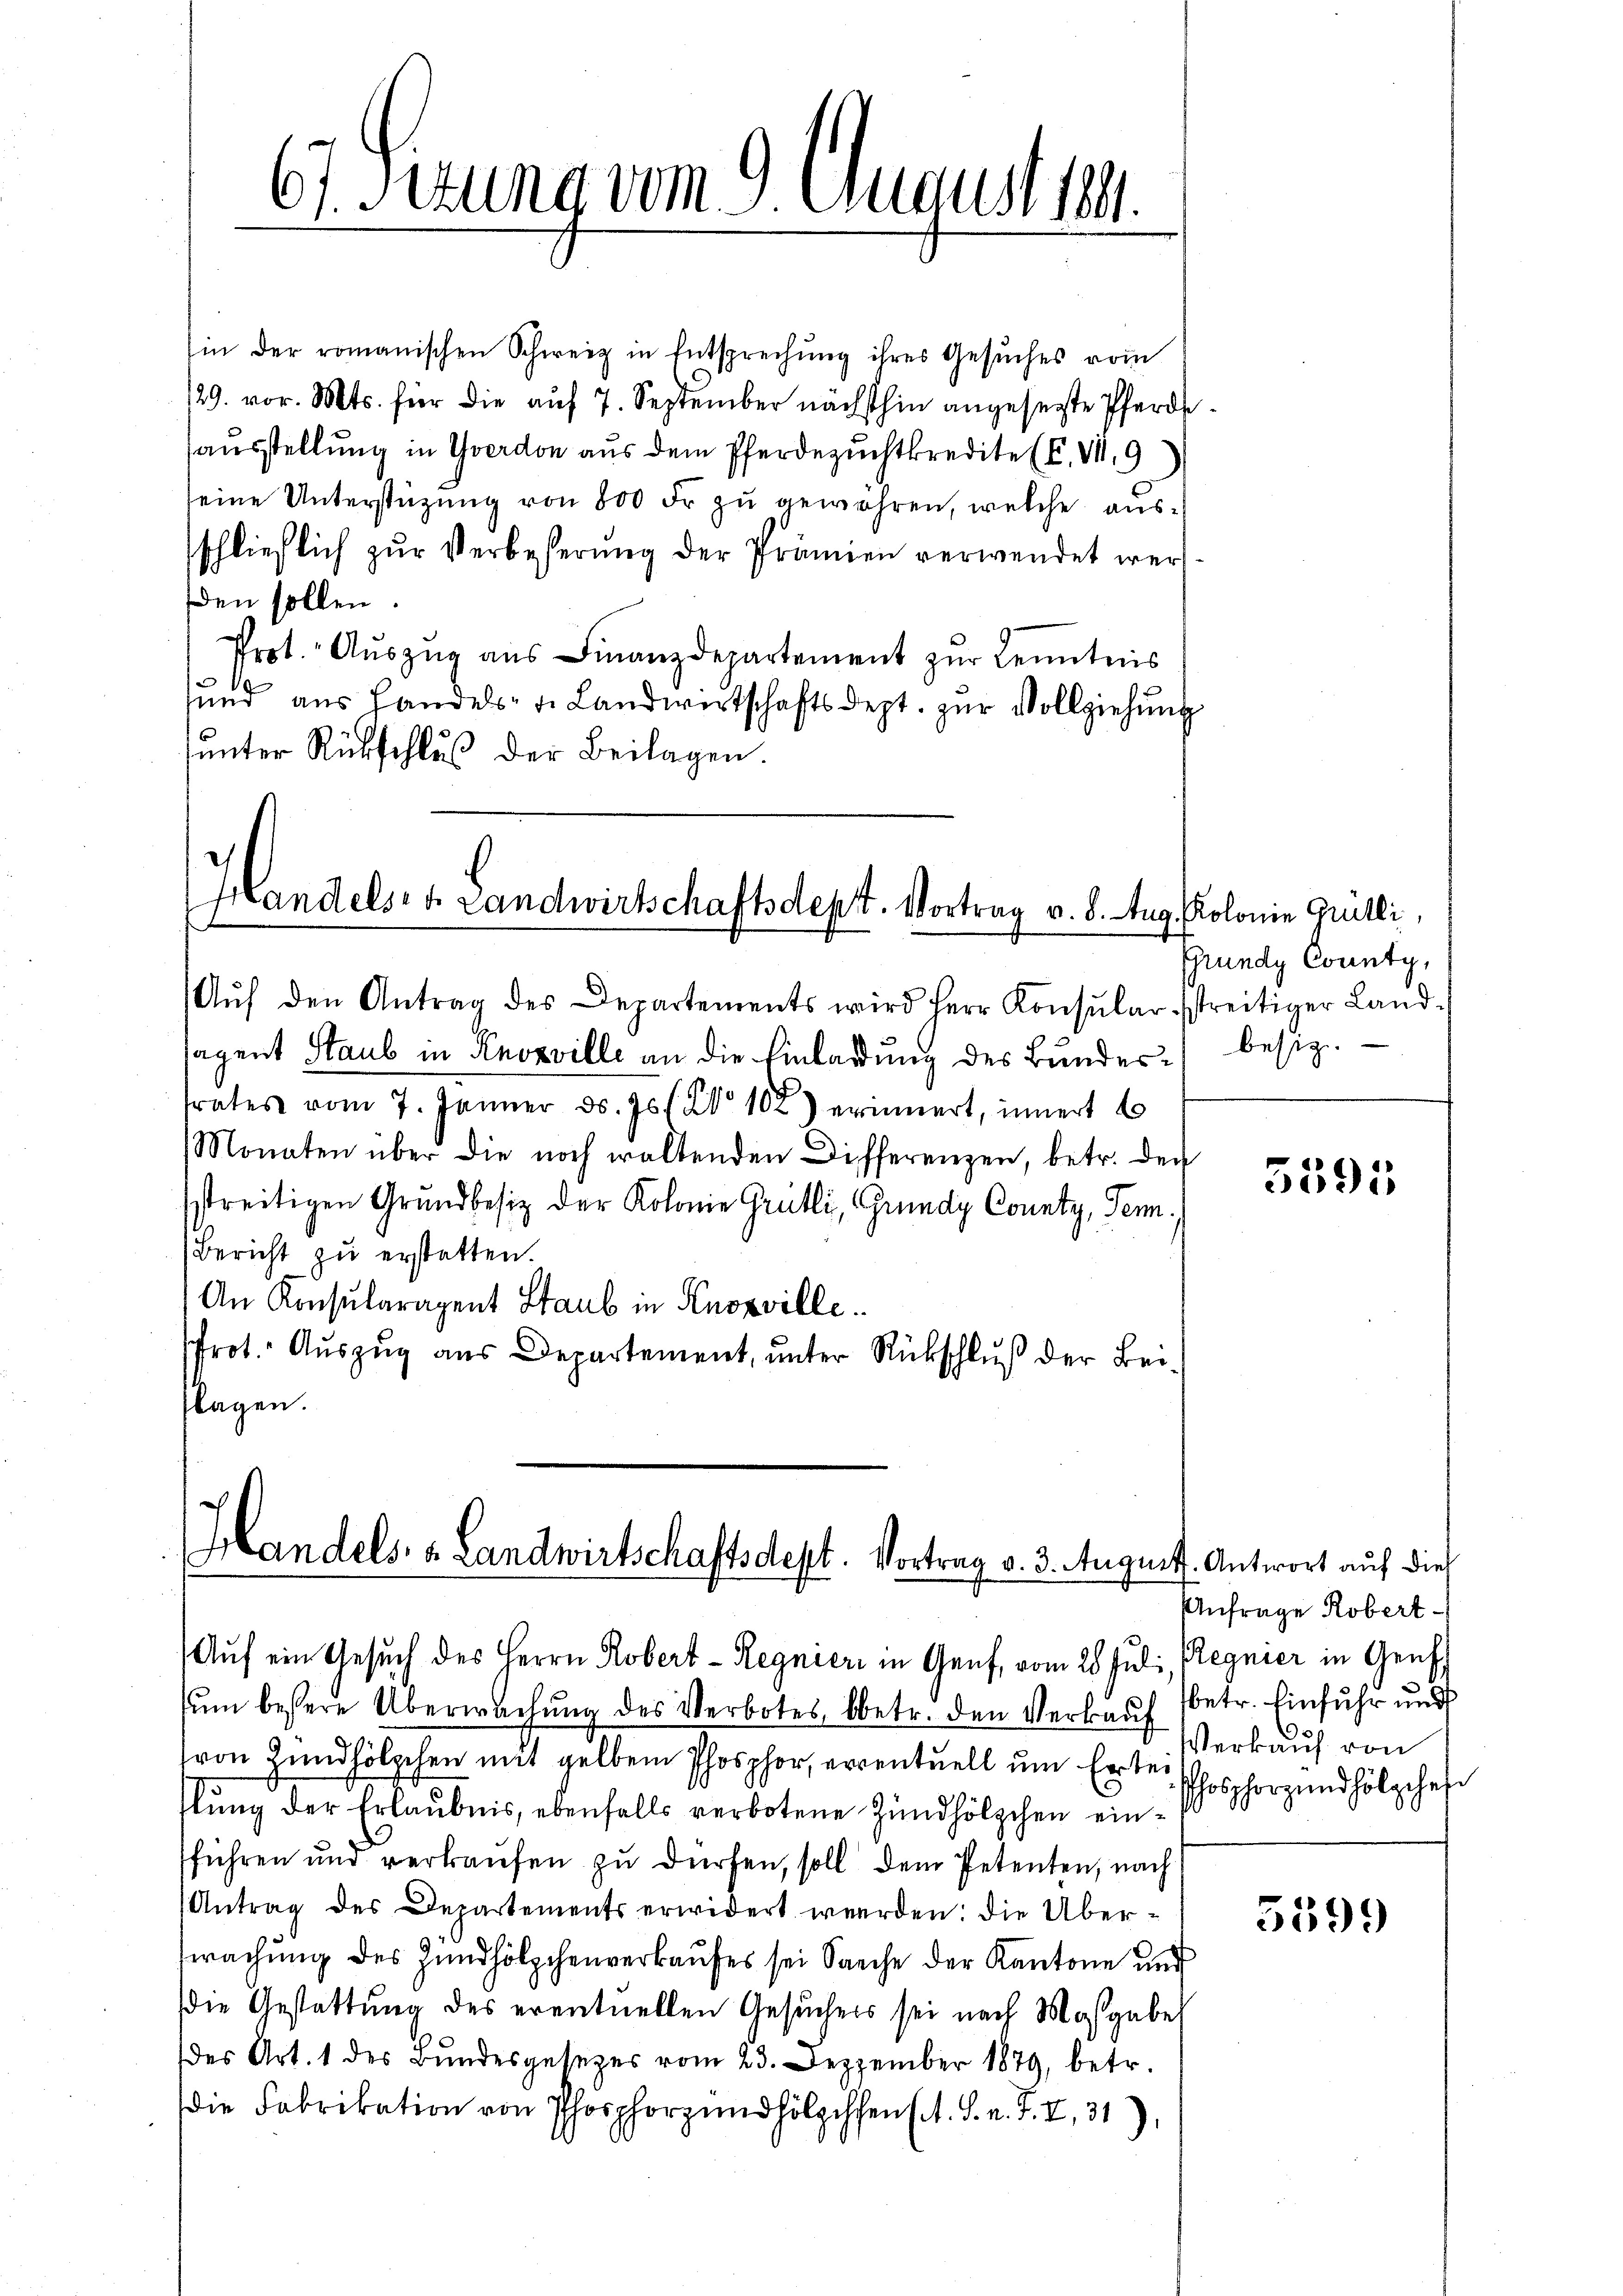
61. Serung vom 9. August 1891.

Handels- & Landwirtschaftsdept. Vortrag v. 8. Aug. Kolonie Grütli,

sin der romanischen Schweiz in Entsprechŭng ihres Gesŭches vom
/29. vor. Mts. für die auf 7. September nächsthin angesetzte Pferdssausstellung in Yverdon aus dem Pferdezuchtkredite (C. VII. 9
seine Unterstüzung von 800 Fr zu gewähren, welche ausschließlich zŭr Verbesserŭng der Prämien verwendet werden sollen.
Prot. Aŭszŭg ans Finanzdepartement zŭr Kenntnis
sund aus Handels- u. Landwirtschaftsdept. zŭr Vollziehung
unter Rückschluß der Beilagen.

Aŭf den Antrag des Departements wird Herr Konsŭlar streitiger Land-
sagent Staub in Knoxville an die Einladung des Bundes besize.
trates vom 7. Jänner d. Js. No 102) erinnert, innert 6
Monaten über die noch waltenden Differenzen, betr. den
sstreitigen Grundbesiz der Kolonie Grütli, Grundy County, Gen.
Bericht zu erstatten.
An Konsularazent Staub in Knosville.
rot. Auszug aus Departement, unter Rückschluß der Bei-
flagen.

Handels, v. Landwirtschaftsdept. Vortrag v. 3. Augus
Auf ein Gesuch des Herrn Robert - Regnier in Genf, vom 28. Juli, Regnier in Genf,

Grundy County,

ŭm bessere Überwachŭng des Verbotes betr. den Verkauf betr. Einfuhr und
von Zündhölzchen mit gelben Phosphor, erventuell um Ertei
slung der Erlaubnis, ebenfalls verbotene Zündhölzchen einfführen und verkaufen zu dürfen, soll dem Petenten, nach
Antrag des Departements erwidert werden: die Überwachung des Zündhölzchenverkaufes sei Sache der Kantone und
die Gestattung des eventuellen Gesuches sei nach Maßgabe
des Art. 1 des Bundesgesezes vom 23. Dezember 1879, betr.
die Fabrikation von Phosphorndhölzchen (s. S. n. F. I, 31)

5595

t. Antwort auf dies
Anfrage Robert-
Verkauf von
Phosphorgundhölzches

5599